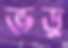
ভড়্‌